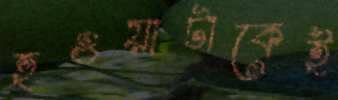
হওয়াটাকেই